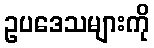
ဥပဒေသများကို